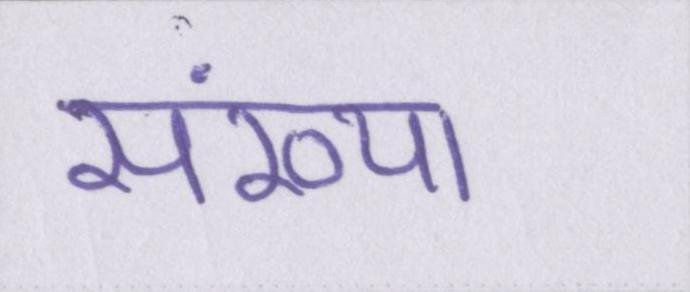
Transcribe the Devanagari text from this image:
संख्या